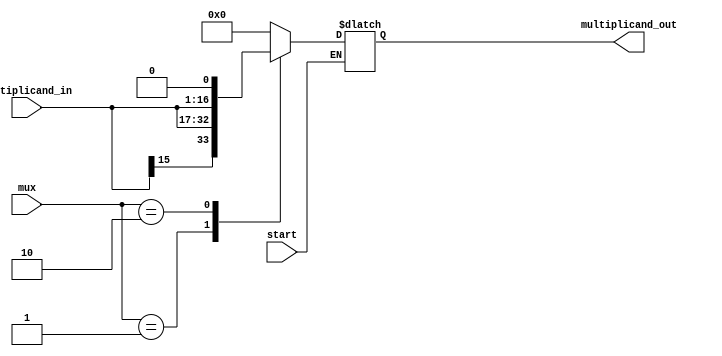
module mux_multiplicand(
input[15:0] multiplicand_in,
input start,
input[1:0] mux,
output[16:0] multiplicand_out
    );
wire[16:0] multiplicand_0,multiplicand_1,multiplicand_2;
reg[16:0] multiplicand_out;


		assign
			multiplicand_0=17'b0,
			multiplicand_1=({multiplicand_in[15],multiplicand_in}),
			multiplicand_2=({multiplicand_in,1'b0});	
		

always@(mux or multiplicand_0 or multiplicand_1 or multiplicand_2 or start )
	begin
		if(start)
			case(mux)
				2'b00:
					multiplicand_out=multiplicand_0;
				2'b01:
					multiplicand_out=multiplicand_1;
				2'b10:
					multiplicand_out=multiplicand_2;
				default:
					multiplicand_out=multiplicand_0;
			endcase
	end
endmodule